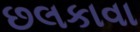
છલકાવા